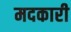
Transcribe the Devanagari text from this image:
मदकारी